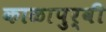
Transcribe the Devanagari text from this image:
काळापुर्वी